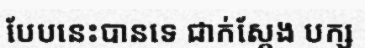
បែបនេះបានទេ ជាក់ស្តែង បក្ស